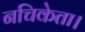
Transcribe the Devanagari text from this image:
नचिकेता।